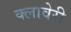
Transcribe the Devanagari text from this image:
क्लावेरी